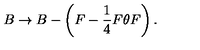
B \rightarrow B - \left( F - \frac { 1 } { 4 } F \theta F \right) .